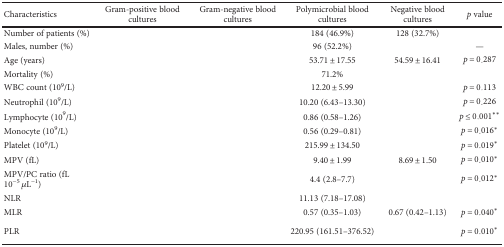
<table><thead><tr><td><b>Characteristics</b></td><td><b>Gram-positive blood cultures</b></td><td><b>Gram-negative blood cultures</b></td><td><b>Polymicrobial blood cultures</b></td><td><b>Negative blood cultures</b></td><td><b><i>p</i> value</b></td></tr></thead><tbody><tr><td>Number of patients (%)</td><td>[EMPTY_CELL]</td><td>[EMPTY_CELL]</td><td>184 (46.9%)</td><td>128 (32.7%)</td><td>[EMPTY_CELL]</td></tr><tr><td>Males, number (%)</td><td>[EMPTY_CELL]</td><td>[EMPTY_CELL]</td><td>96 (52.2%)</td><td>[EMPTY_CELL]</td><td>—</td></tr><tr><td>Age (years)</td><td>[EMPTY_CELL]</td><td>[EMPTY_CELL]</td><td>53.71 ± 17.55</td><td>54.59 ± 16.41</td><td><i>p</i> = 0.287</td></tr><tr><td>Mortality (%)</td><td>[EMPTY_CELL]</td><td>[EMPTY_CELL]</td><td>71.2%</td><td>[EMPTY_CELL]</td><td>[EMPTY_CELL]</td></tr><tr><td>WBC count (10<sup>9</sup>/L)</td><td>[EMPTY_CELL]</td><td>[EMPTY_CELL]</td><td>12.20 ± 5.99</td><td>[EMPTY_CELL]</td><td><i>p</i> = 0.113</td></tr><tr><td>Neutrophil (10<sup>9</sup>/L)</td><td>[EMPTY_CELL]</td><td>[EMPTY_CELL]</td><td>10.20 (6.43–13.30)</td><td>[EMPTY_CELL]</td><td><i>p</i> = 0.226</td></tr><tr><td>Lymphocyte (10<sup>9</sup>/L)</td><td>[EMPTY_CELL]</td><td>[EMPTY_CELL]</td><td>0.86 (0.58–1.26)</td><td>[EMPTY_CELL]</td><td><i>p</i> ≤ 0.001<sup>∗∗</sup></td></tr><tr><td>Monocyte (10<sup>9</sup>/L)</td><td>[EMPTY_CELL]</td><td>[EMPTY_CELL]</td><td>0.56 (0.29–0.81)</td><td>[EMPTY_CELL]</td><td><i>p</i> = 0.016<sup>∗</sup></td></tr><tr><td>Platelet (10<sup>9</sup>/L)</td><td>[EMPTY_CELL]</td><td>[EMPTY_CELL]</td><td>215.99 ± 134.50</td><td>[EMPTY_CELL]</td><td><i>p</i> = 0.019<sup>∗</sup></td></tr><tr><td>MPV (fL)</td><td>[EMPTY_CELL]</td><td>[EMPTY_CELL]</td><td>9.40 ± 1.99</td><td>8.69 ± 1.50</td><td><i>p</i> = 0.010<sup>∗</sup></td></tr><tr><td>MPV/PC ratio (fL 10<sup>−5</sup> <i>μ</i>L<sup>−1</sup>)</td><td>[EMPTY_CELL]</td><td>[EMPTY_CELL]</td><td>4.4 (2.8–7.7)</td><td>[EMPTY_CELL]</td><td><i>p</i> = 0.012<sup>∗</sup></td></tr><tr><td>NLR</td><td>[EMPTY_CELL]</td><td>[EMPTY_CELL]</td><td>11.13 (7.18–17.08)</td><td>[EMPTY_CELL]</td><td>[EMPTY_CELL]</td></tr><tr><td>MLR</td><td>[EMPTY_CELL]</td><td>[EMPTY_CELL]</td><td>0.57 (0.35–1.03)</td><td>0.67 (0.42–1.13)</td><td><i>p</i> = 0.040<sup>∗</sup></td></tr><tr><td>PLR</td><td>[EMPTY_CELL]</td><td>[EMPTY_CELL]</td><td>220.95 (161.51–376.52)</td><td>[EMPTY_CELL]</td><td><i>p</i> = 0.010<sup>∗</sup></td></tr></tbody></table>